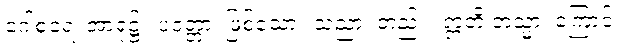
ဂေါစရေ၊ အာရုံ၌။ ပဝတ္တာ၊ ဖြစ်သော။ သညာ၊ တည်း။ ဣတိ တသ္မာ၊ ကြောင့်။